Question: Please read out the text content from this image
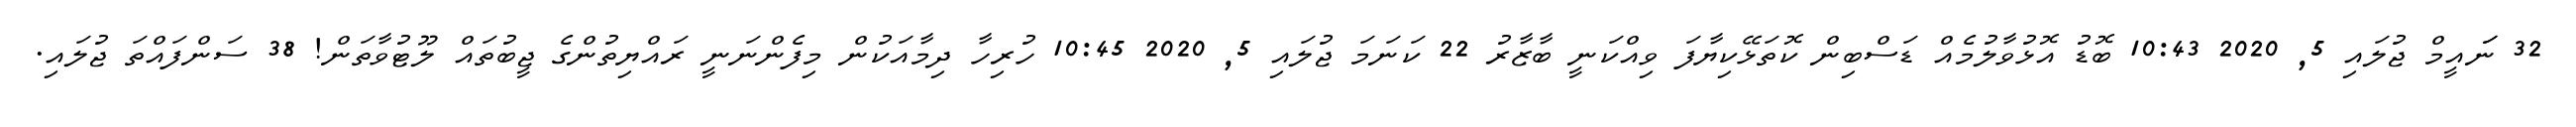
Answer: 32 ނަައީމް ޖުލައި 5, 2020 10:43 ބޮޑު އޮޅުވާލުމެއް ޑަސްބިން ކޮތަޅޭކިޔާފަ ވިއްކަނީ ބާޒާރު 22 ކަނަމަ ޖުލައި 5, 2020 10:45 ހުރިހާ ދިމާއަކުން މިފެންނަނީ ރައްޔިތުންގެ ޖީބުތައް ލޫޓުވާތަން! 38 ސަންފައްތަ ޖުލައި.